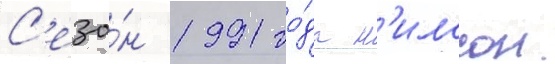
С'езо́н 1991 го́да н'илссон